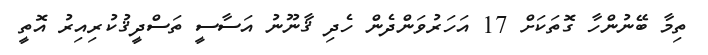
ތިމާ ބޭނުންހާ ގޮތަކަށް 17 އަހަރުވަންދެން ހެދި ޤާނޫނު އަސާސީ ތަސްދީޤުކުރިއިރު އޮތީ